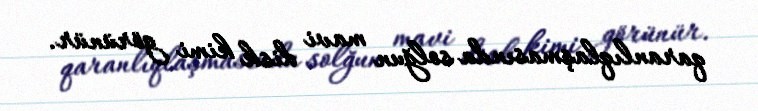
qaranlıqlaşmasında solğun mavi disk kimi görünür.